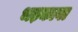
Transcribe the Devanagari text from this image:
भड़कावा